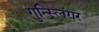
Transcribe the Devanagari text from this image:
गुन्स्लिंगर